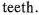
teeth.